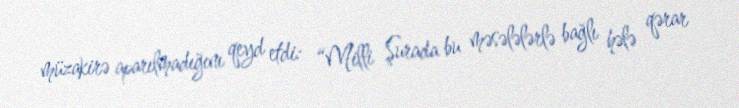
müzakirə aparılmadığını qeyd etdi: “Milli Şurada bu məsələlərlə bağlı hələ qərar